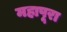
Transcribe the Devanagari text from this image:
महापूरा